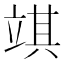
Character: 𥪓